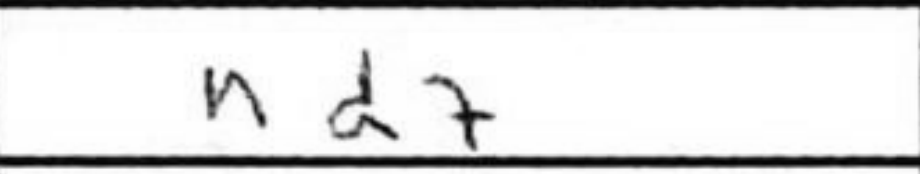
Transcription: Nd7